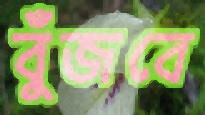
বুঁজবে